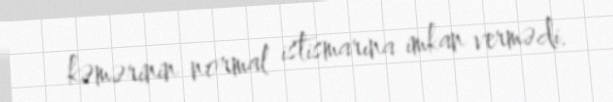
kəmərinin normal istismarına imkan vermədi.